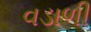
વડાળી